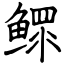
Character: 鳏